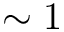
\sim 1